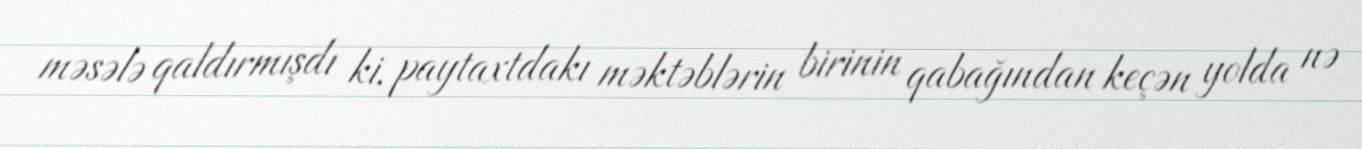
məsələ qaldırmışdı ki, paytaxtdakı məktəblərin birinin qabağından keçən yolda nə